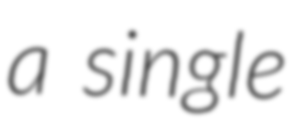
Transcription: a single